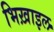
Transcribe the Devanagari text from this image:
भिख़ाइल